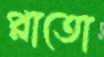
প্লাতো